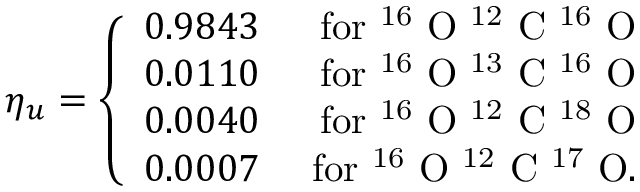
\eta _ { u } = \left\{ \begin{array} { r r } { 0 . 9 8 4 3 } & { \mathrm { ~ f o r ~ ^ { 1 6 } ~ O ~ ^ { 1 2 } ~ C ~ ^ { 1 6 } ~ O } } \\ { 0 . 0 1 1 0 } & { \mathrm { ~ f o r ~ ^ { 1 6 } ~ O ~ ^ { 1 3 } ~ C ~ ^ { 1 6 } ~ O } } \\ { 0 . 0 0 4 0 } & { \mathrm { ~ f o r ~ ^ { 1 6 } ~ O ~ ^ { 1 2 } ~ C ~ ^ { 1 8 } ~ O } } \\ { 0 . 0 0 0 7 } & { \mathrm { ~ f o r ~ ^ { 1 6 } ~ O ~ ^ { 1 2 } ~ C ~ ^ { 1 7 } ~ O } . } \end{array} \right.